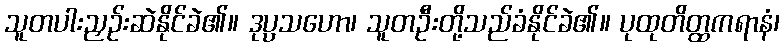
သူတပါးညှဉ်းဆဲနိုင်ခဲ၏။ ဒုပ္ပသဟော၊ သူတဦးတို့သည်ခံနိုင်ခဲ၏။ ပုထုတိတ္ထကရာနံ၊